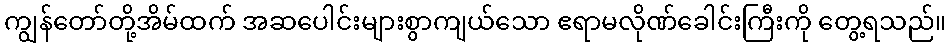
ကျွန်တော်တို့အိမ်ထက် အဆပေါင်းများစွာကျယ်သော ဧရာမလိုဏ်ခေါင်းကြီးကို တွေ့ရသည်။